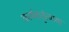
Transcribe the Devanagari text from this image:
कार्यकर्तृत्वाचा